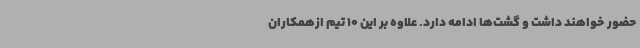
حضور خواهند داشت و گشت‌ها ادامه دارد. علاوه بر این 10 تیم ازهمکاران